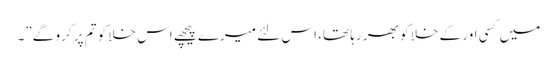
میں کسی اور کے خلا کو بھر رہا تھا، اس لئے میرے پیچھے اس خلا کو تم پر کرو گے”۔